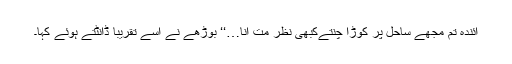
آئندہ تم مجھے ساحل پر کُوڑا چُنتےکبھی نظر مت آنا…‘‘ بوڑھے نے اُسے تقریباً ڈانٹتے ہوئے کہا۔